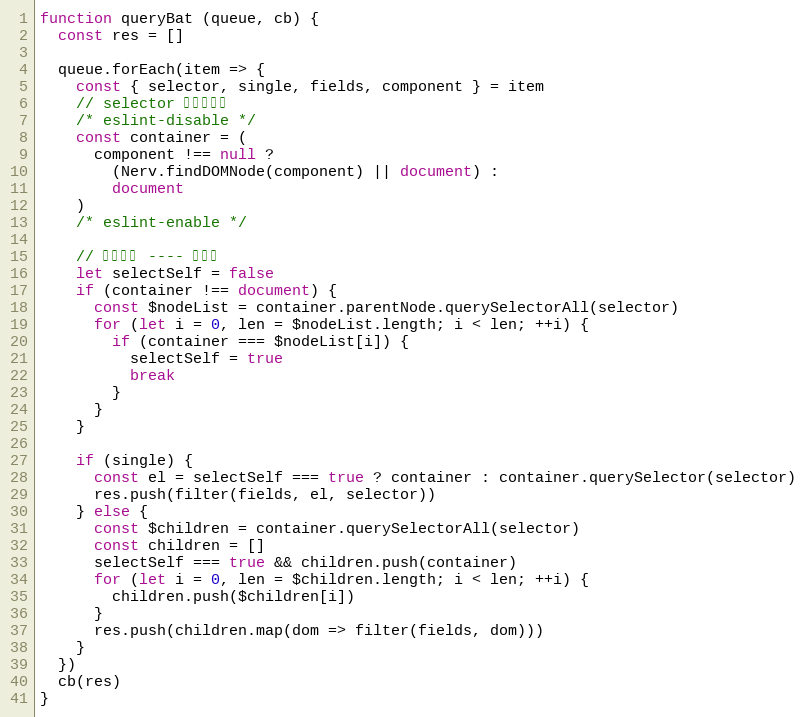
Language: JavaScript
function queryBat (queue, cb) {
  const res = []

  queue.forEach(item => {
    const { selector, single, fields, component } = item
    // selector 的容器节点
    /* eslint-disable */
    const container = (
      component !== null ?
        (Nerv.findDOMNode(component) || document) :
        document
    )
    /* eslint-enable */

    // 特殊处理 ---- 选自己
    let selectSelf = false
    if (container !== document) {
      const $nodeList = container.parentNode.querySelectorAll(selector)
      for (let i = 0, len = $nodeList.length; i < len; ++i) {
        if (container === $nodeList[i]) {
          selectSelf = true
          break
        }
      }
    }

    if (single) {
      const el = selectSelf === true ? container : container.querySelector(selector)
      res.push(filter(fields, el, selector))
    } else {
      const $children = container.querySelectorAll(selector)
      const children = []
      selectSelf === true && children.push(container)
      for (let i = 0, len = $children.length; i < len; ++i) {
        children.push($children[i])
      }
      res.push(children.map(dom => filter(fields, dom)))
    }
  })
  cb(res)
}